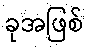
ခုအဖြစ်